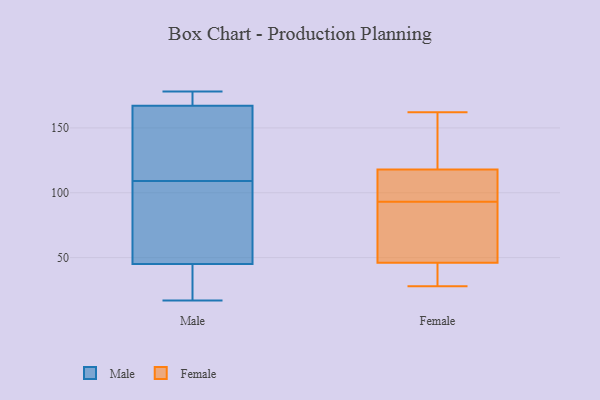
{"axis": {"x": "Population (Million)", "y": "Value"}, "legend": ["Female", "Male"], "data": [{"x": "", "y": 170, "type": "Male"}, {"x": "", "y": 167, "type": "Male"}, {"x": "", "y": 71, "type": "Male"}, {"x": "", "y": 175, "type": "Male"}, {"x": "", "y": 140, "type": "Male"}, {"x": "", "y": 45, "type": "Male"}, {"x": "", "y": 47, "type": "Male"}, {"x": "", "y": 91, "type": "Male"}, {"x": "", "y": 42, "type": "Male"}, {"x": "", "y": 127, "type": "Male"}, {"x": "", "y": 157, "type": "Male"}, {"x": "", "y": 19, "type": "Male"}, {"x": "", "y": 178, "type": "Male"}, {"x": "", "y": 17, "type": "Male"}, {"x": "", "y": 46, "type": "Female"}, {"x": "", "y": 46, "type": "Female"}, {"x": "", "y": 109, "type": "Female"}, {"x": "", "y": 28, "type": "Female"}, {"x": "", "y": 113, "type": "Female"}, {"x": "", "y": 75, "type": "Female"}, {"x": "", "y": 113, "type": "Female"}, {"x": "", "y": 77, "type": "Female"}, {"x": "", "y": 123, "type": "Female"}, {"x": "", "y": 125, "type": "Female"}, {"x": "", "y": 36, "type": "Female"}, {"x": "", "y": 162, "type": "Female"}]}